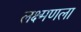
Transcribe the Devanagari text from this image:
लक्ष्मणला